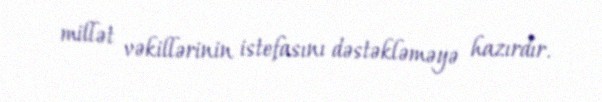
millət vəkillərinin istefasını dəstəkləməyə hazırdır.